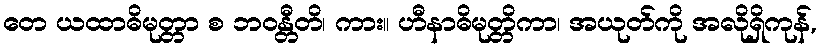
တေ ယထာဓိမုတ္တာ စ ဘဝန္တီတိ၊ ကား။ ဟီနာဓိမုတ္တိကာ၊ အယုတ်ကို အလိုရှိကုန်,